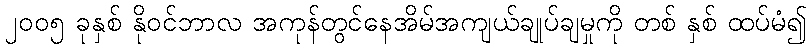
၂၀၀၅ ခုနှစ် နိုဝင်ဘာလ အကုန်တွင်နေအိမ်အကျယ်ချုပ်ချမှုကို တစ် နှစ် ထပ်မံ၍